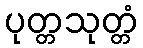
ပုတ္တသုတ္တံ